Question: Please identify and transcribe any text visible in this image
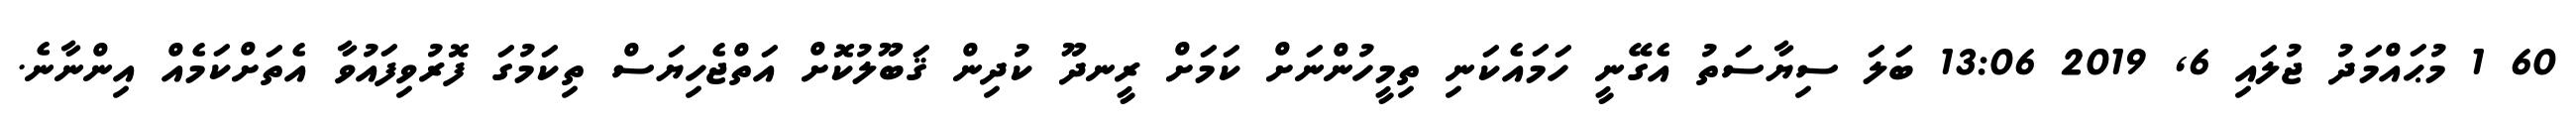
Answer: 60 1 މުޙައްމަދު ޖުލައި 6, 2019 13:06 ބަލަ ސިޔާސަތު އެގޭނީ ހަމައެކަނި ތިމީހުންނަށް ކަމަށް ރީނދޫ ކުދިން ޤަބޫލުކޮށް އަތްޖެހިޔަސް ތިކަމުގަ ފޮރުވިފައުވާ އެތަށްކަމެއް އިންނާނެ.